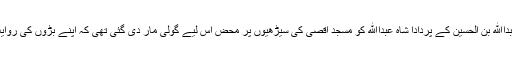
یہ سب کچھ پہلی مرتبہ نہیں ہوا تھا اس سے بہت پہلے 20جولائی 1950ء میں موجودہ اردن کے شاہ عبداﷲ بن الحسین کے پردادا شاہ عبداﷲ کو مسجد اقصی کی سیڑھیوں پر محض اس لیے گولی مار دی گئی تھی کہ اپنے بڑوں کی روایت کو زندہ رکھتے ہوئے انہوں نے بھی صہیونی ریاست کے قیام کے لیے درپردہ سودے بازی کی تھی۔